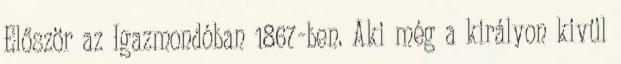
Először az Igazmondóban 1867-ben. Aki még a királyon kivül